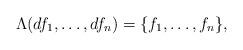
LaTeX: \begin{align*} \Lambda(df_1,\ldots,df_n)=\{f_1,\ldots,f_n\},\end{align*}